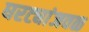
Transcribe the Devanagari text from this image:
घरट्यांजवळ